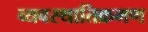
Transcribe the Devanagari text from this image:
व्यवस्थातिक्रमण